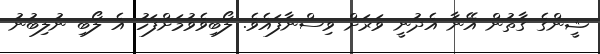
ޝީންގެ ގާތުން އޭނާ އެދުނީ ވަރަށް ވިސްނާފައެވެ. ލޯބިވެވުމަށްފަހު އެ ލޯބި ނުލިބުނު